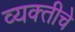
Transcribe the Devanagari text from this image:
व्यक्‍तीचे